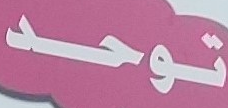
توحد